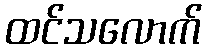
ထင်သလောက်